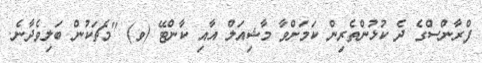
ފްރާންސްގެ ދެ ކުޅުންތެރިން ކަމަށްވާ މާޝިއަލް އާއި ކާންޓޭ (ވ) "މެޗަކުން ބަލިވެދާނެ.